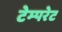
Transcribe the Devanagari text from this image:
टेम्‍परेट